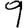
Digit: 9